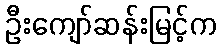
ဦးကျော်ဆန်းမြင့်က